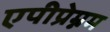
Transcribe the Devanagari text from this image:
एपीप्रेम्नम